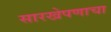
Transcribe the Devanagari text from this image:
सारखेपणाचा